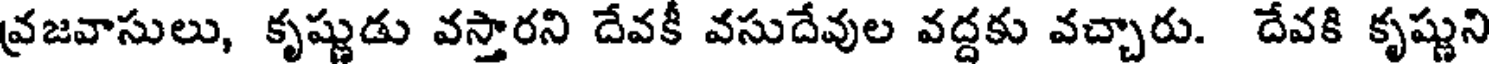
వ్రజవాసులు, కృష్ణుడు వస్తారని దేవకీ వసుదేవుల వద్దకు వచ్చారు. దేవకి కృష్ణుని